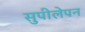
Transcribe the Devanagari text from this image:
सुपीलेपन